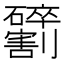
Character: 𫦢